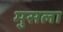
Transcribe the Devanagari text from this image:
मुसला